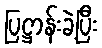
ပြဋ္ဌာန်းခဲ့ပြီး